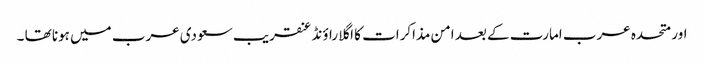
اور متحدہ عرب امارت کے بعد امن مذاکرات کا اگلا راؤنڈ عنقریب سعودی عرب میں ہونا تھا ۔